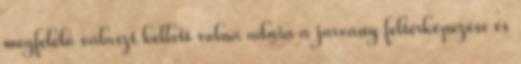
megfelelő választ kellett volna adnia a járvány feltérképezése és